Report on vaccination in the Province of Bengal - 1874-1889
Year: 1874
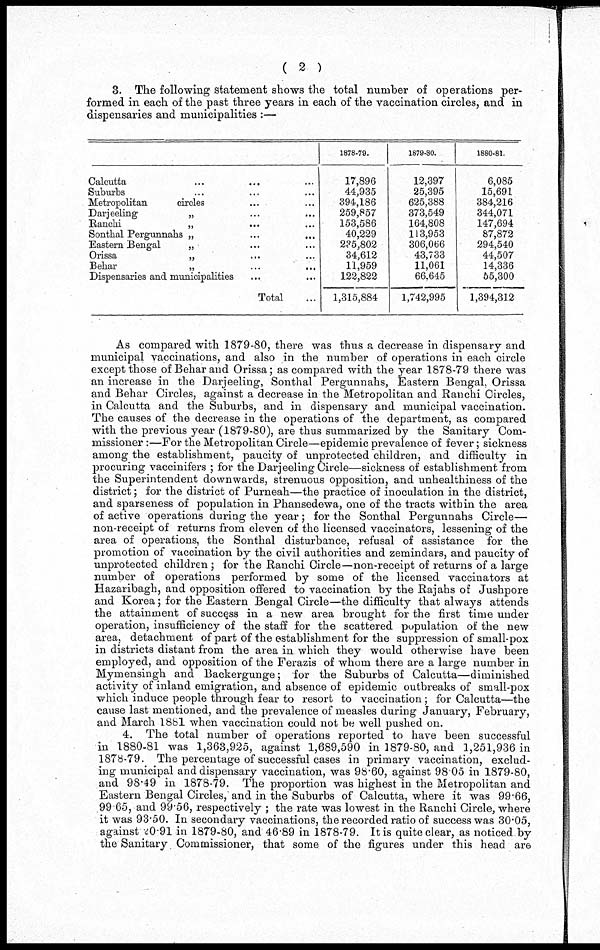
( 2 )
3. The following statement shows the total number of operations per-
formed in each of the past three years in each of the vaccination circles, and in
dispensaries and municipalities :—
Calcutta ... ... ...
Suburbs ... ... ...
Metropolitan
circles ... ...
Darjeeling
„ ... ...
Ranchi
„ ... ...
Sonthal Pergunnahs „ ... ...
Eastern Bengal
„
...
...
Orissa
„ ... ...
Behar
„
...
...
Dispensaries and municipalities ... ...
Total ...
1878-79.
17,896
44,935
394,186
259,857
153,586
40,229
235,802
34,612
11,959
122,822
1,315,884
1879-80.
12,397
25,395
625,388
373,549
164,808
113,953
306,066
43,733
11,061
66,645
1,742,995
1880-81.
6,085
15,691
384,216
344,071
147,694
87,872
294,540
44,507
14,336
55,300
1,394,312
As compared with 1879-80, there was thus a decrease in dispensary and
municipal vaccinations, and also in the number of operations in each circle
except those of Behar and Orissa; as compared with the year 1878-79 there was
an increase in the Darjeeling, Sonthal Pergunnahs, Eastern Bengal, Orissa
and Behar Circles, against a decrease in the Metropolitan and Ranchi Circles,
in Calcutta and the Suburbs, and in dispensary and municipal vaccination.
The causes of the decrease in the operations of the department, as compared
with the previous year (1879-80), are thus summarized by the Sanitary Com-
missioner :—For the Metropolitan Circle—epidemic prevalence of fever; sickness
among the establishment, paucity of unprotected children, and difficulty in
procuring vaccinifers ; for the Darjeeling Circle—sickness of establishment from
the Superintendent downwards, strenuous opposition, and unhealthiness of the
district; for the district of Purneah—the practice of inoculation in the district,
and sparseness of population in Phansedewa, one of the tracts within the area
of active operations during the year; for the Sonthal Pergunnahs Circle—
non-receipt of returns from eleven of the licensed vaccinators, lessening of the
area of operations, the Sonthal disturbance, refusal of assistance for the
promotion of vaccination by the civil authorities and zemindars, and paucity of
unprotected children; for the Ranchi Circle—non-receipt of returns of a large
number of operations performed by some of the licensed vaccinators at
Hazaribagh, and opposition offered to vaccination by the Rajahs of Jushpore
and Korea; for the Eastern Bengal Circle—the difficulty that always attends
the attainment of success in a new area brought for the first time under
operation, insufficiency of the staff for the scattered population of the new
area, detachment of part of the establishment for the suppression of small-pox
in districts distant from the area in which they would otherwise have been
employed, and opposition of the Ferazis of whom there are a large number in
Mymensingh and Backergunge; for the Suburbs of Calcutta—diminished
activity of inland emigration, and absence of epidemic outbreaks of small-pox
which induce people through fear to resort to vaccination; for Calcutta—the
cause last mentioned, and the prevalence of measles during January, February,
and March 1881 when vaccination could not be well pushed on.
4. The total number of operations reported to have been successful
in 1880-81 was 1,363,925, against 1,689,590 in 1879-80, and 1,251,936 in
1878-79. The percentage of successful cases in primary vaccination, exclud-
ing municipal and dispensary vaccination, was 98.60, against 98.05 in 1879-80,
and 98.49 in 1878-79. The proportion was highest in the Metropolitan and
Eastern Bengal Circles, and in the Suburbs of Calcutta, where it was 99.66,
99.65, and 99.56, respectively ; the rate was lowest in the Ranchi Circle, where
it was 93.50. In secondary vaccinations, the recorded ratio of success was 30.05,
against 20.91 in 1879-80, and 46.89 in 1878-79. It is quite clear, as noticed by
the Sanitary Commissioner, that some of the figures under this head are